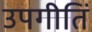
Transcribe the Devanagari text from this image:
उपगीतिं